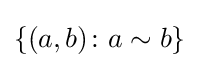
\{(a,b)\colon a\sim b\}